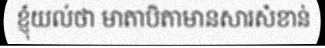
ខ្ញុំយល់ថា មាតាបិតាមានសារសំខាន់